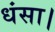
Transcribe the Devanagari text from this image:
धंसा।